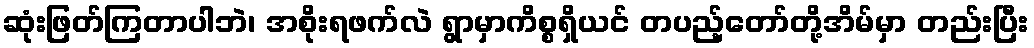
ဆုံးဖြတ်ကြတာပါဘဲ၊ အစိုးရဖက်လဲ ရွာမှာကိစ္စရှိယင် တပည့်တော်တို့အိမ်မှာ တည်းပြီး